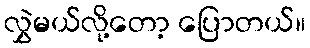
လွှဲမယ်လို့တော့ ပြောတယ်။